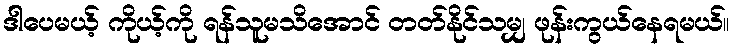
ဒါပေမယ့် ကိုယ့်ကို ရန်သူမသိအောင် တတ်နိုင်သမျှ ဖုန်းကွယ်နေရမယ်။